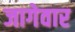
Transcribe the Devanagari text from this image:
जागेवार